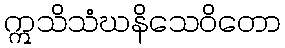
ဣသိသံဃနိသေဝိတော